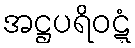
အဋ္ဌပရိဝဋ္ဋံ